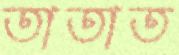
তাতাত